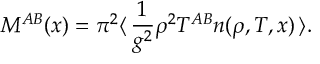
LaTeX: { \cal M } ^ { A B } ( x ) = \pi ^ { 2 } \langle \, \frac { 1 } { g ^ { 2 } } \rho ^ { 2 } T ^ { A B } n ( \rho , T , x ) \, \rangle .